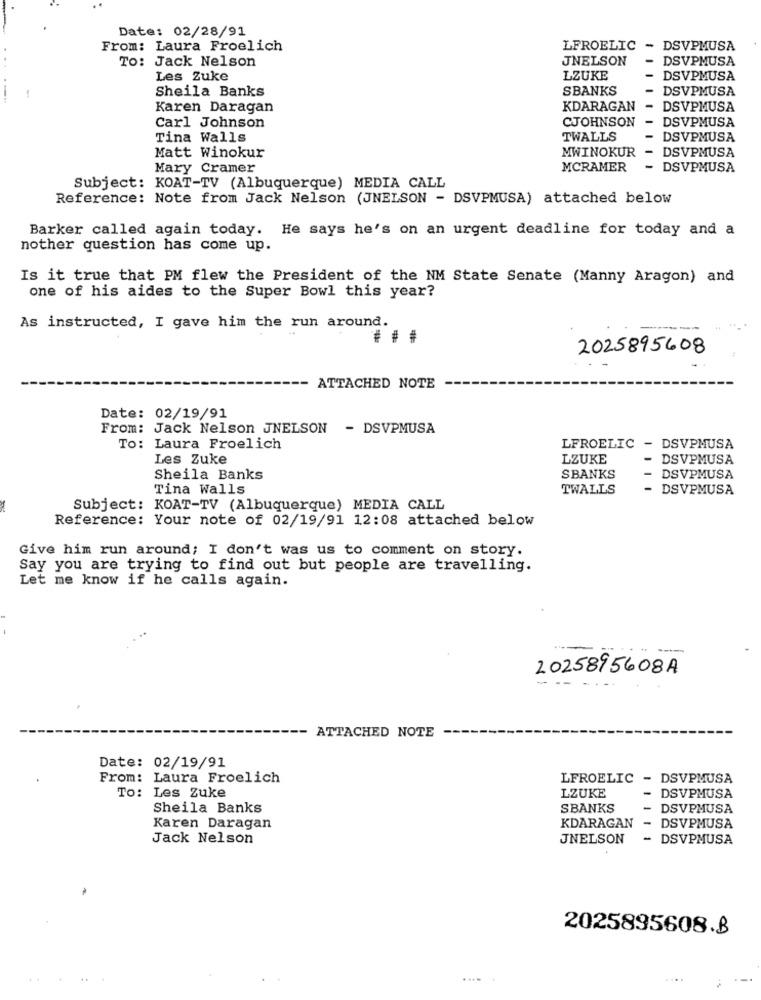
Date: 02/28/91
From: Laura Froelich
LFROELIC
. DSVPMUSA
TO: Jack Nelson
JNELSON
DSVPMUSA
Les Zuke
LZUKE
-
DSVPMUSA
Sheila Banks
SBANKS
-
DSVPMUSA
Karen Daragan
KDARAGAN
-
DSVPMUSA
CJOHNSON
-
DSVPMUSA
Carl Johnson
Tina Walls
TWALLS
-
DSVPMUSA
MWINOKUR
-
Matt Winokur
DSVPMUSA
Mary Cramer
MCRAMER
- DSVPMUSA
Subject: KOAT-TV (Albuquerque) MEDIA CALL
Reference: Note from Jack Nelson (JNELSON - DSVPMUSA) attached below
Barker called again today. He says he's on an urgent deadline for today and a
nother question has come up.
Is it true that PM flew the President of the NM State Senate (Manny Aragon) and
one of his aides to the Super Bowl this year?
As instructed, I gave him the run around.
2025895608
ATTACHED NOTE
Date: 02/19/91
From: Jack Nelson JNELSON
- DSVPMUSA
To: Laura Froelich
LFROELIC
- DSVPMUSA
Les Zuke
LZUKE
DSVPMUSA
Sheila Banks
SBANKS
DSVPMUSA
Tina Walls
TWALLS
- DSVPMUSA
Subject: KOAT-TV (Albuquerque) MEDIA CALL
Reference: Your note of 02/19/91 12:08 attached below
Give him run around; I don't was us to comment on story.
Say you are trying to find out but people are travelling.
Let me know if he calls again.
2025895608A
ATTACHED NOTE
Date: 02/19/91
From: Laura Froelich
LFROELIC
- DSVPMUSA
To: Les Zuke
LZUKE
DSVPMUSA
Sheila Banks
SBANKS
DSVPMUSA
Karen Daragan
KDARAGAN
DSVPMUSA
Jack Nelson
JNELSON
- DSVPMUSA
2025895608.B